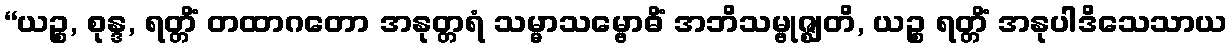
“ယဉ္စ, စုန္ဒ, ရတ္တိံ တထာဂတော အနုတ္တရံ သမ္မာသမ္ဗောဓိံ အဘိသမ္ဗုဇ္ဈတိ, ယဉ္စ ရတ္တိံ အနုပါဒိသေသာယ